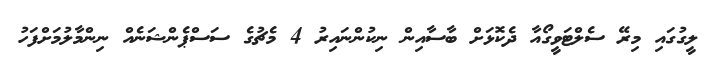
ލީގުގައި މިރޭ ސެލްޓަވީގޯއާ ދެކޮޅަށް ބާސާއިން ނިކުންނައިރު 4 މެޗުގެ ސަސްޕެންޝަނެއް ނިންމާލުމަށްފަހު